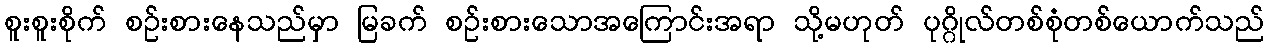
စူးစူးစိုက် စဉ်းစားနေသည်မှာ မြခက် စဉ်းစားသောအကြောင်းအရာ သို့မဟုတ် ပုဂ္ဂိုလ်တစ်စုံတစ်ယောက်သည်